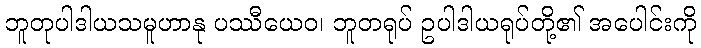
ဘူတုပါဒါယသမူဟာနု ပဿီယေဝ၊ ဘူတရုပ် ဥပါဒါယရုပ်တို့၏ အပေါင်းကို